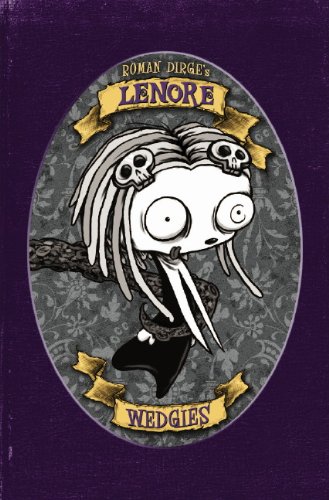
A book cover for Lenore: Wedgies (Color Edition) (Lenore: Cute Little Dead Girl); Roman Dirge; Comics & Graphic Novels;